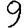
Digit: 9